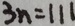
3 n = 1 1 1